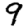
Digit: 9